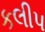
કલીપ